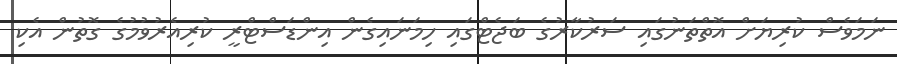
ނަމަވެސް ކުރިޔަށް އޮތްތަނުގައި ސަރުކާރުގެ ބަޖެޓްގައި ހިމަނައިގެން އިންޑަސްޓްރީ ކުރިއެރުވުމުގެ ގޮތުން އެކި